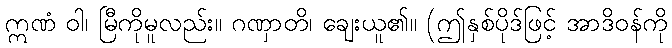
ဣဏံ ဝါ၊ မြီကိုမူလည်း။ ဂဏှာတိ၊ ချေးယူ၏။ (ဤနှစ်ပိုဒ်ဖြင့် အာဒိဝန်ကို